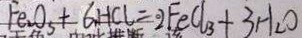
F e _ { 2 } O _ { 3 } + 6 H C l = 2 F e C l _ { 3 } + 3 H _ { 2 } O